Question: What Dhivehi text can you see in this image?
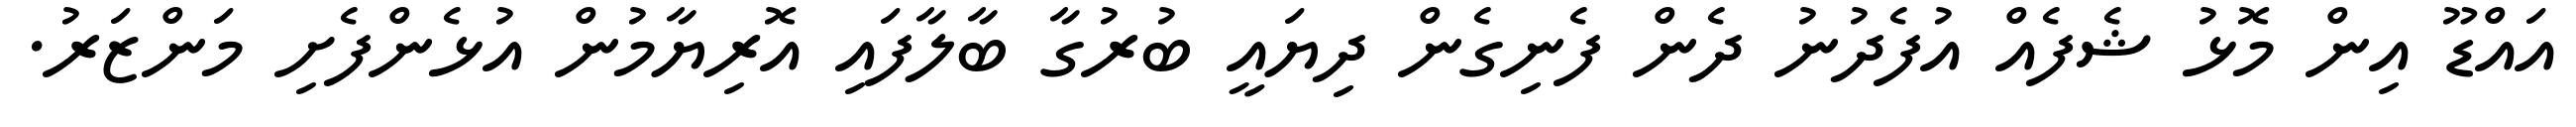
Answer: އައްޑޫ އިން މޮޅު ޝެފެއް އުފެދުނު ދެން ފެނިގެން ދިޔައީ ބުރުގާ ބާލާފައި އޮރިޔާމުން އުޅެންފެށި މަންޒަރު.